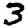
Digit: 3